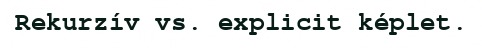
Rekurzív vs. explicit képlet.